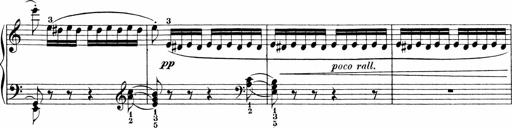
Title: 3 Sonatinas
Composer: Carl Reinecke